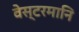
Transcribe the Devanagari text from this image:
वेस्टरमानि